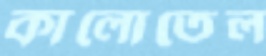
কালোতেল